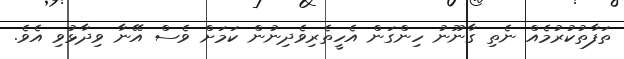
ތަފާތުކުރުމެއް ނެތި ގާނޫނު ހިންގަން އެހީތެރިވެދިނުން ކަމަށް ވެސް އޭނާ ވިދާޅުވި އެވެ.